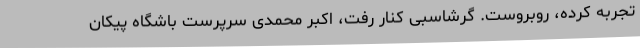
تجربه کرده، روبروست. گرشاسبی کنار رفت، اکبر محمدی سرپرست باشگاه پیکان